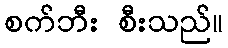
စက်ဘီး စီးသည်။